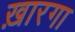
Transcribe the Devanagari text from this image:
ख़ारगा